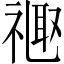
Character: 𫩉